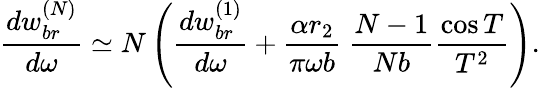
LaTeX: \frac{dw_{br}^{(N)}}{d\omega}\simeq N\left(\frac{dw_{br}^{(1)}}{d\omega}+\frac{\alpha r_{2}}{\pi\omega b}~\frac{N-1}{Nb}\frac{\cos T}{T^{2}}\right).